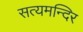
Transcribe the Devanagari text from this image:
सत्यमन्दिर